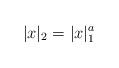
LaTeX: \begin{align*} |x|_2 = |x|_1^a\end{align*}